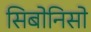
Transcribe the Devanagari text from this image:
सिबोनिसो